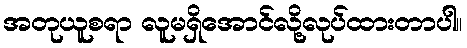
အတုယူစရာ လူမရှိအောင်လို့လုပ်ထားတာပါ။